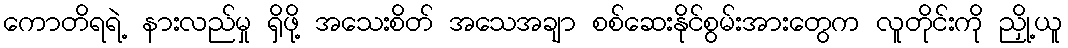
ကောတိရရဲ့ နားလည်မှု ရှိဖို့ အသေးစိတ် အသေအချာ စစ်ဆေးနိုင်စွမ်းအားတွေက လူတိုင်းကို ညှို့ယူ